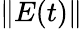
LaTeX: \| E(t)\|